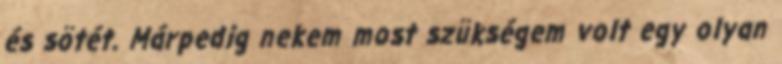
és sötét. Márpedig nekem most szükségem volt egy olyan